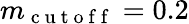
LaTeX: m_{\mathrm{~c~u~t~o~f~f~}}=0.2